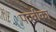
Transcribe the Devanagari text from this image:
पदवीका